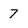
Character: 7